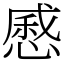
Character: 㥻